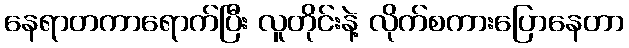
နေရာတကာရောက်ပြီး လူတိုင်းနဲ့ လိုက်စကားပြောနေတာ